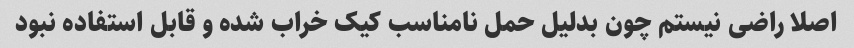
اصلا راضی نیستم چون بدلیل حمل نامناسب کیک خراب شده و قابل استفاده نبود